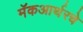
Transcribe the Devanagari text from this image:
मॅकआर्थरचे